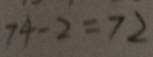
7 4 - 2 = 7 2